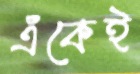
এঁকেই